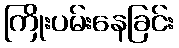
ကြိုးပမ်းနေခြင်း